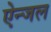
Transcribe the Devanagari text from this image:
ऐन्जल